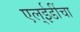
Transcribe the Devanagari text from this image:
एल्‌ईडींचा